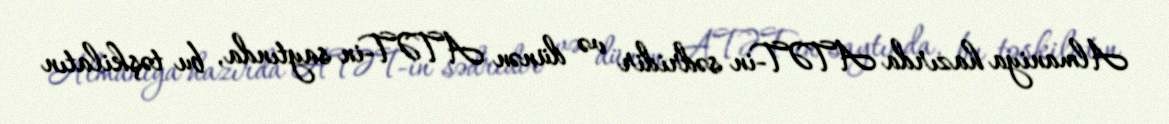
Almaniya hazırda ATƏT-in sədridir və dünən ATƏT-in saytında, bu təşkilatın